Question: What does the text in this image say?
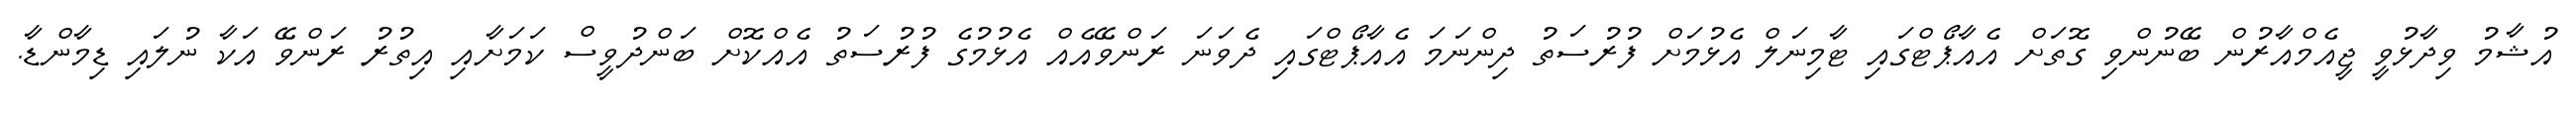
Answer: އުޝާމު ވިދާޅުވީ ޖީއެމްއާރުން ބޭނުންވި ގޮތަށް އެއާޕޯޓްގައި ޓާމިނަލް އެޅުމަށް ފުރުސަތު ދިންނަމަ އެއާޕޯޓްގައި ދެވަނަ ރަންވޭއެއް އެޅުމުގެ ފުރުސަތު އެއްކޮށް ބަންދުވީސް ކަމަށާއި އިތުރު ރަންވޭ އަކާ ނުލައި ޑިމާންޑާ.